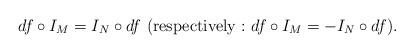
LaTeX: \begin{align*}df\circ I_M=I_N\circ df\,\,({\rm respectively:} \,\,df\circ I_M=-I_N\circ df).\end{align*}